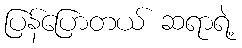
ပြန်ပြောတယ် ဆရာရဲ့